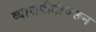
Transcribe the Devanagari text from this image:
व्यासपीठांवरून